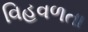
વિહવળતા